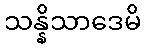
သန္နိသာဒေမိ